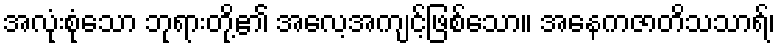
အလုံးစုံသော ဘုရားတို့၏ အလေ့အကျင့်ဖြစ်သော။ အနေကဇာတိသသာရ်၊